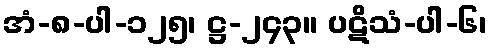
အံ-၈-ပါ-၁၂၅၊ ဋ္ဌ-၂၄၃။ ပဋိသံ-ပါ-၆၊